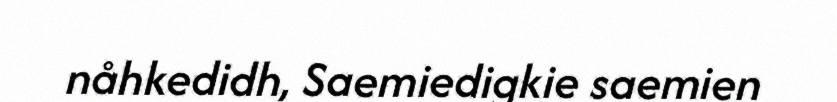
nåhkedidh, Saemiedigkie saemien